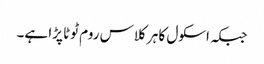
جبکہ اسکول کا ہر کلاس روم ٹوٹا پڑا ہے۔